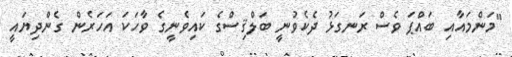
"މަންމައާއި ބައްޕަ ވެސް ރަނގަޅު ދެކެވުނީ ބަލްޤިސްގެ ކައިވެނީގެ ވާހަކަ އަހަރެން ގެންދިޔައީ